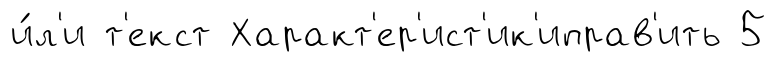
и́л'и т'екст Характ'ер'ист'ик'иправ'ить 5